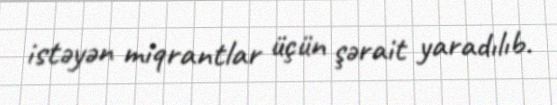
istəyən miqrantlar üçün şərait yaradılıb.